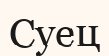
Суец